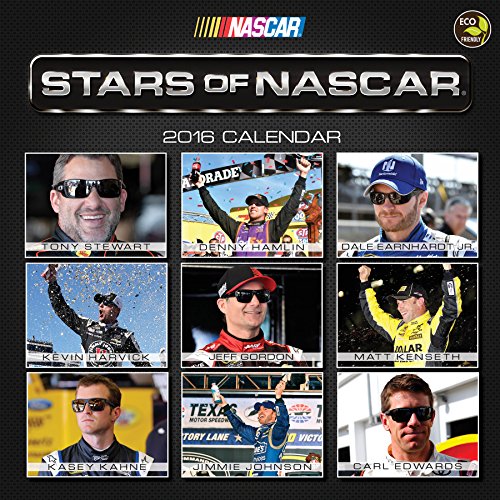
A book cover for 2016 Stars of NASCAR Wall Calendar; Nascar; Calendars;